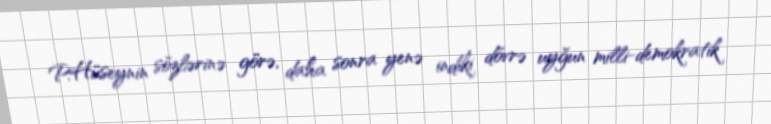
P.Hüseynin sözlərinə görə, daha sonra yenə indiki dövrə uyğun milli-demokratik